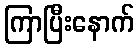
ကြာပြီးနောက်